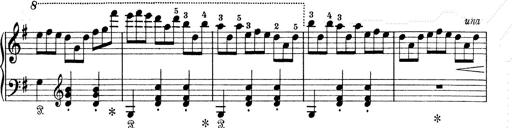
Title: 6 Polish Songs
Composer: Franz Liszt